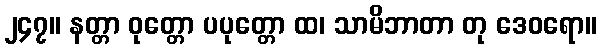
၂၄၇။ နတ္တာ ဝုတ္တော ပပုတ္တော ထ၊ သာမိဘာတာ တု ဒေဝရော။